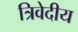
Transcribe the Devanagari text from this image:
त्रिवेदीय